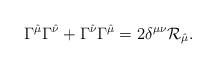
LaTeX: \begin{align*}\Gamma^{\hat{\mu}}\Gamma^{\hat{\nu}} + \Gamma^{\hat{\nu}}\Gamma^{\hat{\mu}} = 2\delta^{\mu\nu} \mathcal{R}_{\hat{\mu}} .\end{align*}